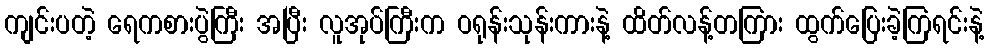
ကျင်းပတဲ့ ရေကစားပွဲကြီး အပြီး လူအုပ်ကြီးက ဝရုန်းသုန်းကားနဲ့ ထိတ်လန့်တကြား ထွက်ပြေးခဲ့ကြရင်းနဲ့